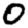
Digit: 0